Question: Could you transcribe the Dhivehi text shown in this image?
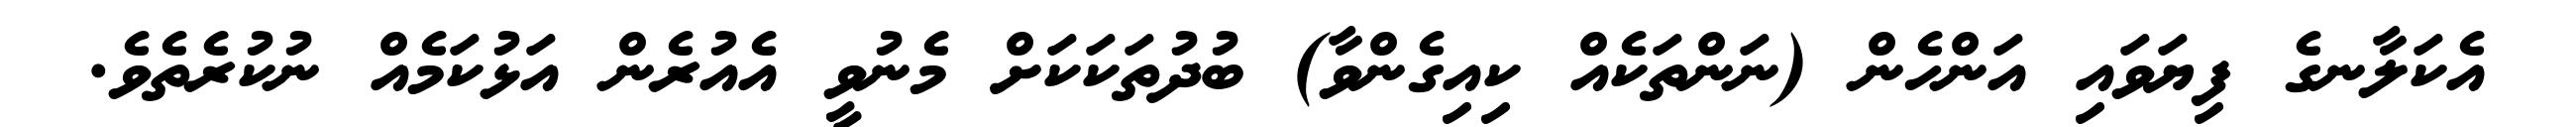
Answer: އެކަލާނގެ ފިޔަވައި އަންހެން (ނަންތަކެއް ކިއިގެންވާ) ބުދުތަކަކަށް މެނުވީ އެއުރެން އަޅުކަމެއް ނުކުރެތެވެ.